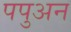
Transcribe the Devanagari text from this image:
पपुअन